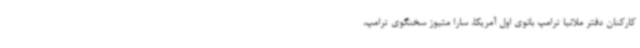
کارکنان دفتر ملانیا ترامپ بانوی اول آمریکا، سارا متیوز سخنگوی ترامپ،